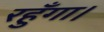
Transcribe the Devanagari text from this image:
रहुँगा।